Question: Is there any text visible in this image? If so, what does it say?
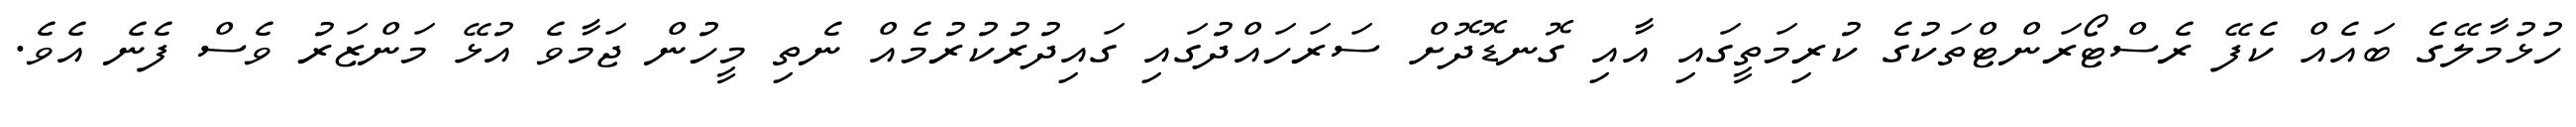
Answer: ހުޅުމާލޭގެ ބައެއް ކެފޭ ރެސްޓޯރަންޓްތަކުގެ ކުރިމަތީގައި އާއި ގޮނޑޮދޮށް ސަރަހައްދުގައި ގައިދުރުކުރުމެއް ނެތި މީހުން ޖަމާވެ އުޅޭ މަންޒަރު ވެސް ފެނެ އެވެ.